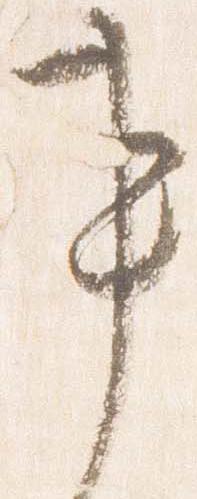
事